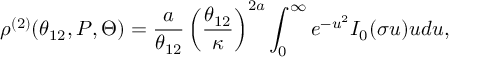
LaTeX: \rho ^ { ( 2 ) } ( \theta _ { 1 2 } , P , \Theta ) = { \frac { a } { \theta _ { 1 2 } } } \left( { \frac { \theta _ { 1 2 } } { \kappa } } \right) ^ { 2 a } \int _ { 0 } ^ { \infty } e ^ { - u ^ { 2 } } I _ { 0 } ( \sigma u ) u d u ,